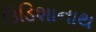
ઉડિશાનાથ